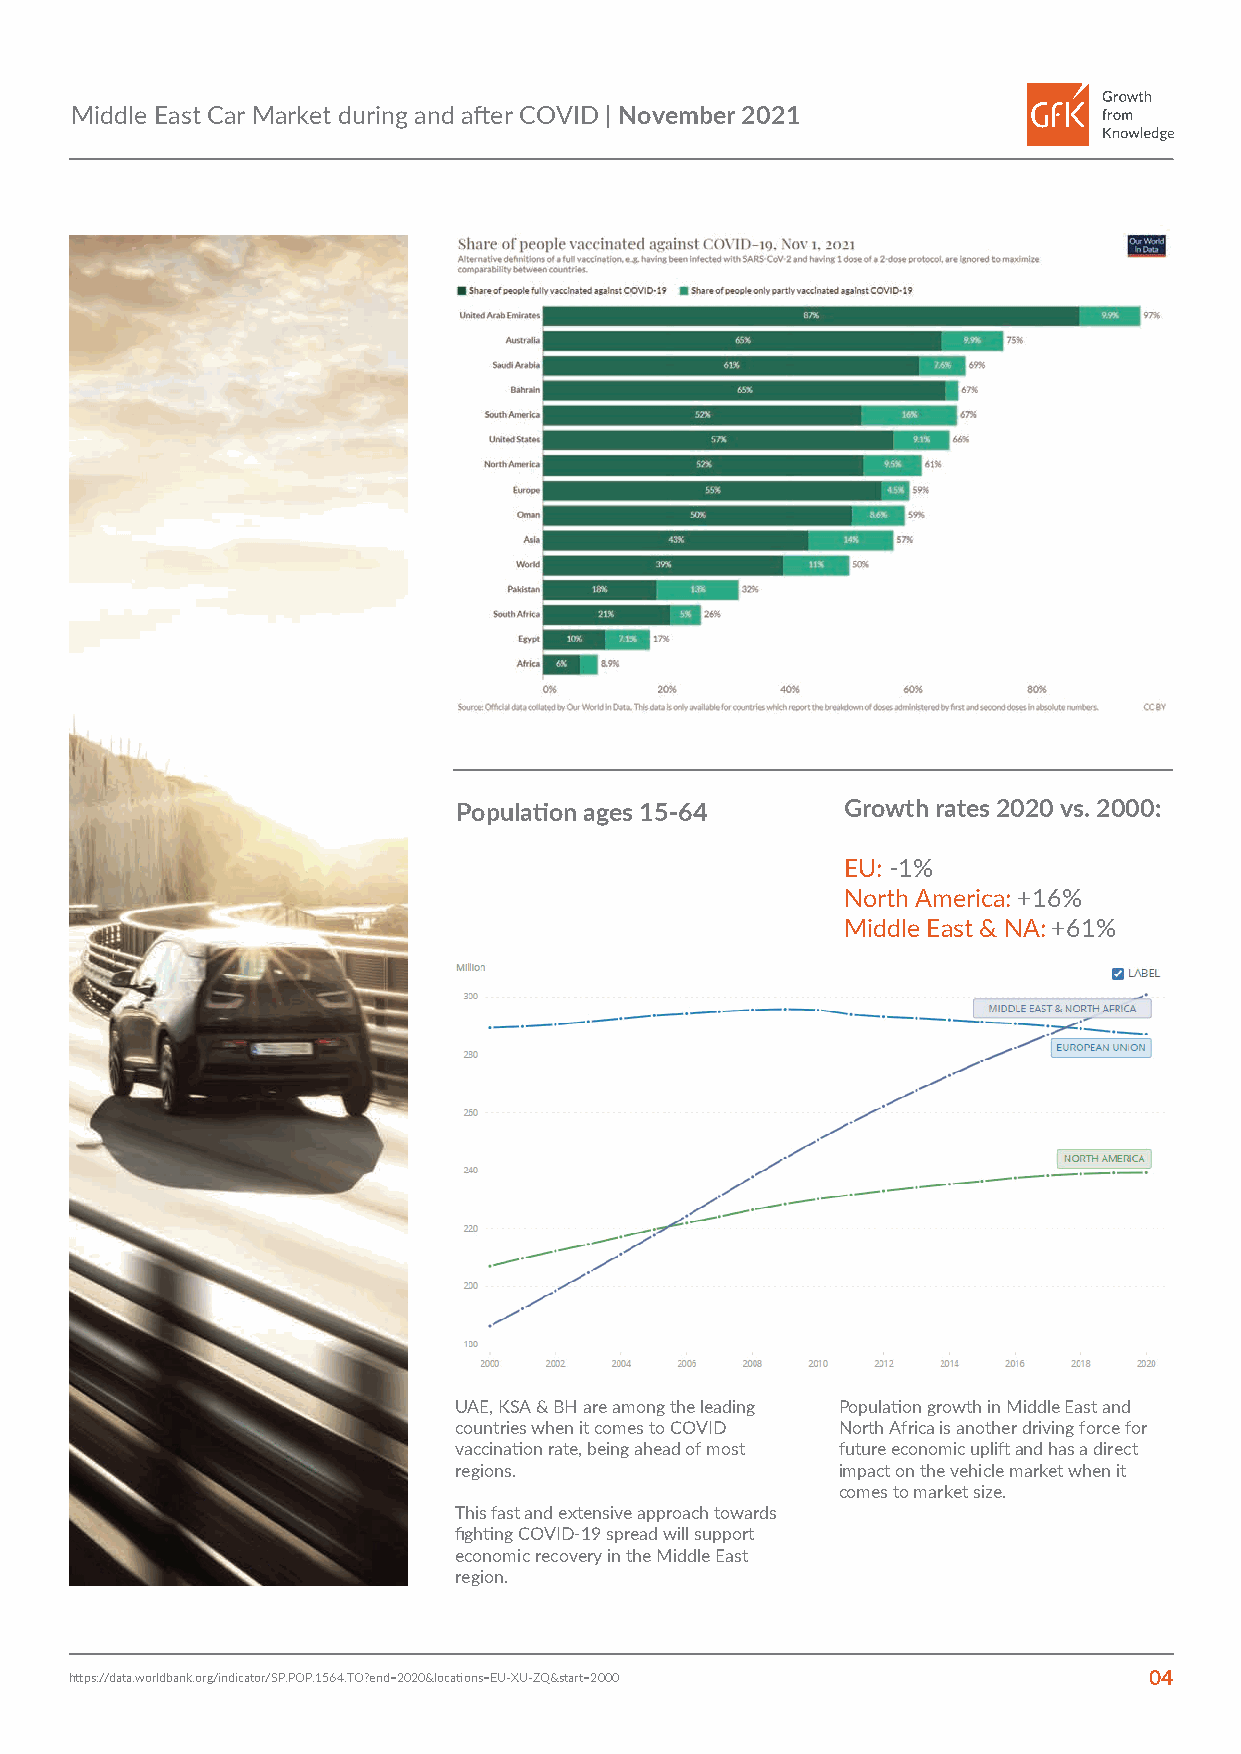
Middle East Car Market during and after COVID | November 2021
 Population ages 15-64     Growth rates 2020 vs. 2000:
 EU: -1%
 North America: +16%
 Middle East & NA: +61%
 UAE, KSA & BH are among the leading Population growth in Middle East and
 countries when it comes to COVID North Africa is another driving force for
 vaccination rate, being ahead of most future economic uplift and has a direct
 regions.                 impact on the vehicle market when it
 comes to market size.
 This fast and extensive approach towards
 fighting COVID-19 spread will support
 economic recovery in the Middle East
 region.
 https://data.worldbank.org/indicator/SP.POP.1564.TO?end=2020&locations=EU-XU-ZQ&start=2000 04